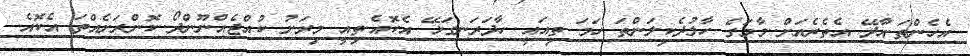
އެހެންތަ.އާދޭ އެތެރެއަށް..މާމަގެ ހާލުދެކިލަންތަ ހަމަ ތިއައީ..ހާދަރަނގަޅޭ އެކޮއެ.ތިއީ މިރަށު ކުއްޖެއްނޫންދޯ..ކޮންރަށެއްތަ އެކޮއެ